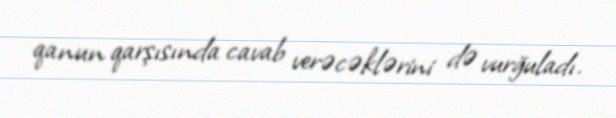
qanun qarşısında cavab verəcəklərini də vurğuladı.